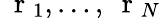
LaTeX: \mathrm{~\mathbf~r~}_{1},\dots,\mathrm{~\mathbf~r~}_{N}